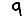
Digit: 9